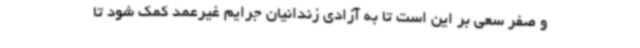
و صفر سعی بر این است تا به آزادی زندانیان جرایم غیرعمد کمک شود تا